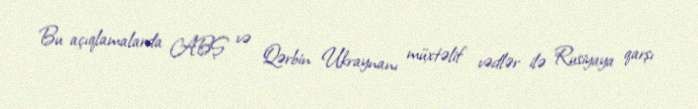
Bu açıqlamalarda ABŞ və Qərbin Ukraynanı müxtəlif vədlər ilə Rusiyaya qarşı